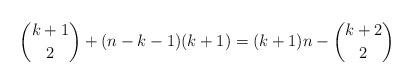
LaTeX: \begin{align*} \binom{k+1}{2} + (n-k-1)(k+1) = (k+1)n - \binom{k+2}{2}\end{align*}